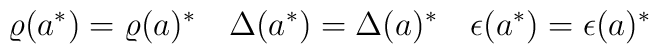
\varrho(a^\ast)=\varrho(a)^\ast \quad       \Delta(a^\ast)=\Delta(a)^\ast\quad       \epsilon(a^\ast)=\epsilon(a)^\ast